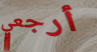
أرجعي